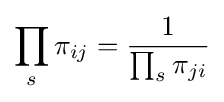
\prod _{s}\pi _{ij}={\frac {1}{\prod _{s}\pi _{ji}}}